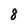
Character: 8